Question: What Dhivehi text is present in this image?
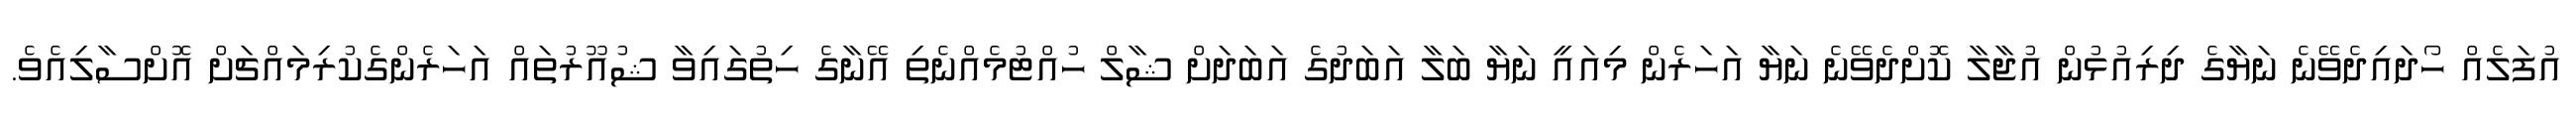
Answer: އުފަލެއް ހޯދައިދެވޭނެ ނަޔާގެ ދިރިއުޅުން އުޖާލާ ކޮށްދެވޭނެ ނަޔާ އަހަރެން މިއައީ ނަޔާ ބަލާ އަބަދުގެ އަބަދަށް ޝާލް ހުއްޓުމެއްނެތި އޭނާގެ ހިތުގައިވާ ޝުއޫރުތައް އަހަރެންގެކުރިމައްޗަށް އޮށްސާލިއެވެ.